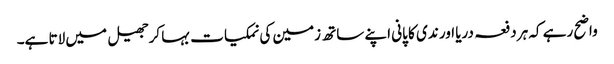
واضح رہے کہ ہر دفعہ دریا اور ندی کا پانی اپنے ساتھ زمین کی نمکیات بہا کرجھیل میں لاتا ہے۔